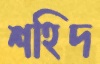
শহিদ